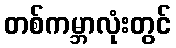
တစ်ကမ္ဘာလုံးတွင်